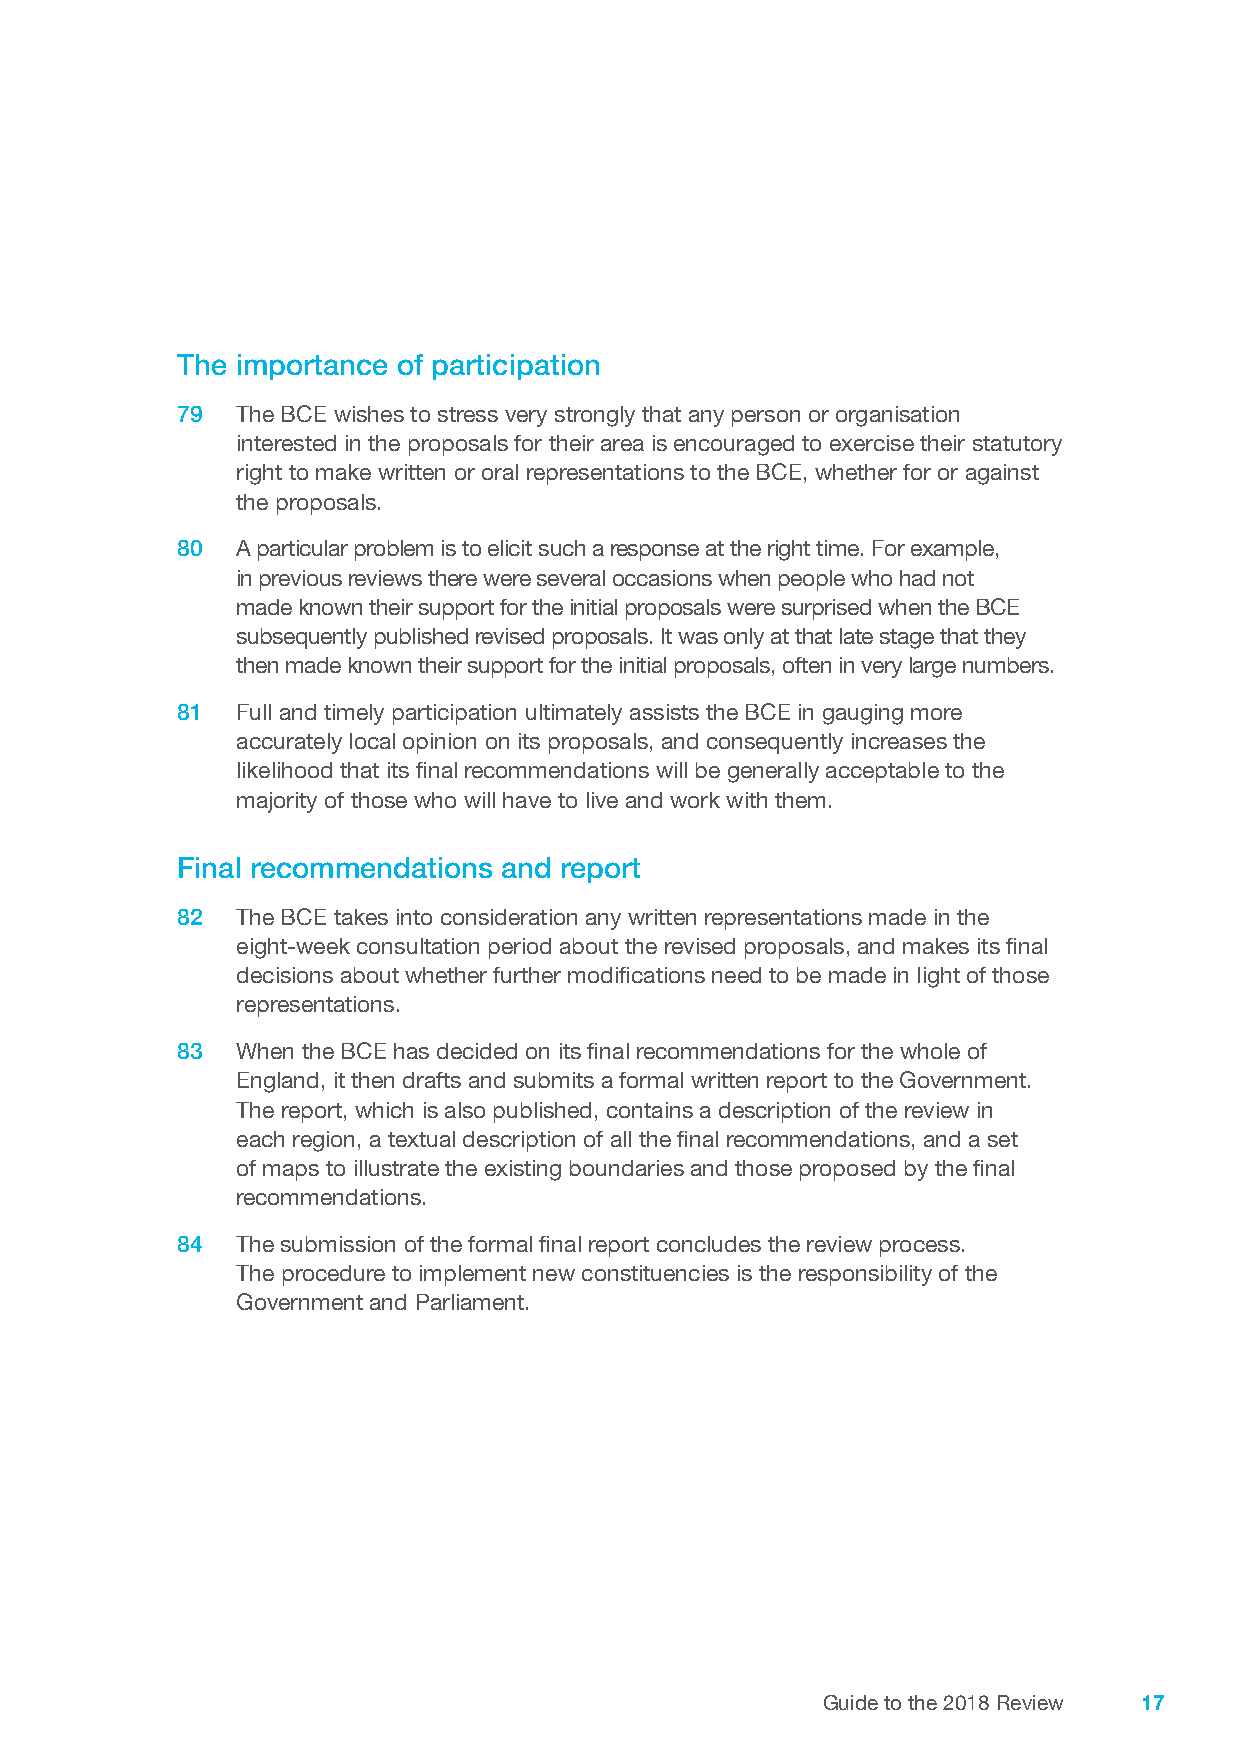
The importance of participation
 79  The BCE wishes to stress very strongly that any person or organisation
 interested in the proposals for their area is encouraged to exercise their statutory
 right to make written or oral representations to the BCE, whether for or against
 the proposals.
 80  A particular problem is to elicit such a response at the right time. For example,
 in previous reviews there were several occasions when people who had not
 made known their support for the initial proposals were surprised when the BCE
 subsequently published revised proposals. It was only at that late stage that they
 then made known their support for the initial proposals, often in very large numbers.
 81  Full and timely participation ultimately assists the BCE in gauging more
 accurately local opinion on its proposals, and consequently increases the
 likelihood that its final recommendations will be generally acceptable to the
 majority of those who will have to live and work with them.
 Final recommendations and report
 82  The BCE takes into consideration any written representations made in the
 eight-week consultation period about the revised proposals, and makes its final
 decisions about whether further modifications need to be made in light of those
 representations.
 83  When the BCE has decided on its final recommendations for the whole of
 England, it then drafts and submits a formal written report to the Government.
 The report, which is also published, contains a description of the review in
 each region, a textual description of all the final recommendations, and a set
 of maps to illustrate the existing boundaries and those proposed by the final
 recommendations.
 84  The submission of the formal final report concludes the review process.
 The procedure to implement new constituencies is the responsibility of the
 Government and Parliament.
 Guide to the 2018 Review 17